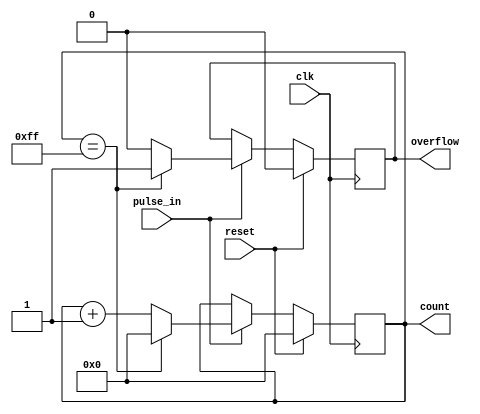
module pulse_counter #(
    parameter N = 8  // Bit width of the counter
) (
    input wire clk,           // Clock signal
    input wire reset,         // Reset signal
    input wire pulse_in,      // Pulse input signal
    output reg [N-1:0] count, // Current count value
    output reg overflow       // Overflow flag
);

    // Synchronous reset and counting logic
    always @(posedge clk) begin
        if (reset) begin
            count <= 0;        // Reset the counter to 0
            overflow <= 0;     // Clear overflow flag
        end else if (pulse_in) begin
            if (count == {N{1'b1}}) begin // Check for overflow condition
                overflow <= 1; // Set overflow flag
                count <= 0;    // Wrap around to 0
            end else begin
                count <= count + 1; // Increment the counter
                overflow <= 0; // Clear overflow flag
            end
        end
    end

endmodule